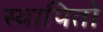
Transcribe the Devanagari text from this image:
स्थापितों